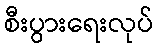
စီးပွားရေးလုပ်